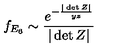
f _ { E _ { 6 } } \sim \frac { e ^ { - \frac { | \det Z | } { y z } } } { | \det Z | }